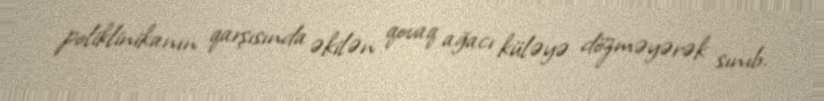
poliklinikanın qarşısında əkilən qovaq ağacı küləyə dözməyərək sınıb.